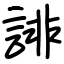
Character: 誹